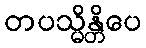
တပသ္မိန္တိပေ